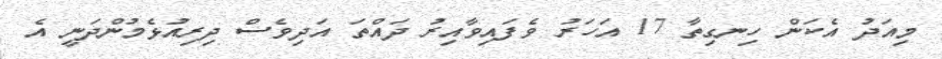
މިއަދު އެކަން ހިނގިތާ 17 އަހަރު ވެފައިވާއިރު ދައްތަ އަދިވެސް ދިރިއުޅެމުންދަނީ އެ